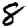
Digit: 8